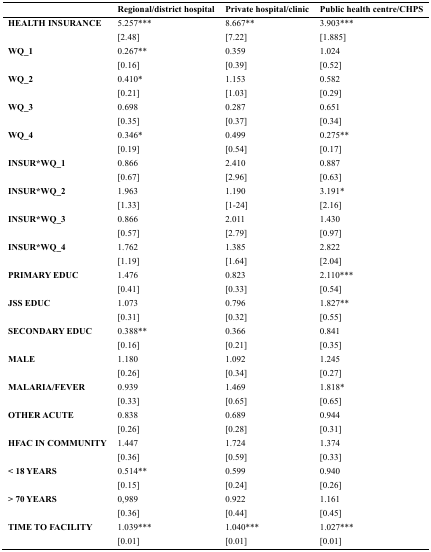
<table><thead><tr><td></td><td><b>Regional/district hospital</b></td><td><b>Private hospital/clinic</b></td><td><b>Public health centre/CHPS</b></td></tr></thead><tbody><tr><td rowspan="2"><b>HEALTH INSURANCE</b></td><td>5.257***</td><td>8.667**</td><td>3.903***</td></tr><tr><td>[2.48]</td><td>[7.22]</td><td>[1.885]</td></tr><tr><td rowspan="2"><b>WQ_1</b></td><td>0.267**</td><td>0.359</td><td>1.024</td></tr><tr><td>[0.16]</td><td>[0.39]</td><td>[0.52]</td></tr><tr><td rowspan="2"><b>WQ_2</b></td><td>0.410*</td><td>1.153</td><td>0.582</td></tr><tr><td>[0.21]</td><td>[1.03]</td><td>[0.29]</td></tr><tr><td rowspan="2"><b>WQ_3</b></td><td>0.698</td><td>0.287</td><td>0.651</td></tr><tr><td>[0.35]</td><td>[0.37]</td><td>[0.34]</td></tr><tr><td rowspan="2"><b>WQ_4</b></td><td>0.346*</td><td>0.499</td><td>0.275**</td></tr><tr><td>[0.19]</td><td>[0.54]</td><td>[0.17]</td></tr><tr><td rowspan="2"><b>INSUR*WQ_1</b></td><td>0.866</td><td>2.410</td><td>0.887</td></tr><tr><td>[0.67]</td><td>[2.96]</td><td>[0.63]</td></tr><tr><td rowspan="2"><b>INSUR*WQ_2</b></td><td>1.963</td><td>1.190</td><td>3.191*</td></tr><tr><td>[1.33]</td><td>[1-24]</td><td>[2.16]</td></tr><tr><td rowspan="2"><b>INSUR*WQ_3</b></td><td>0.866</td><td>2.011</td><td>1.430</td></tr><tr><td>[0.57]</td><td>[2.79]</td><td>[0.97]</td></tr><tr><td rowspan="2"><b>INSUR*WQ_4</b></td><td>1.762</td><td>1.385</td><td>2.822</td></tr><tr><td>[1.19]</td><td>[1.64]</td><td>[2.04]</td></tr><tr><td rowspan="2"><b>PRIMARY EDUC</b></td><td>1.476</td><td>0.823</td><td>2.110***</td></tr><tr><td>[0.41]</td><td>[0.33]</td><td>[0.54]</td></tr><tr><td rowspan="2"><b>JSS EDUC</b></td><td>1.073</td><td>0.796</td><td>1.827**</td></tr><tr><td>[0.31]</td><td>[0.32]</td><td>[0.55]</td></tr><tr><td rowspan="2"><b>SECONDARY EDUC</b></td><td>0.388**</td><td>0.366</td><td>0.841</td></tr><tr><td>[0.16]</td><td>[0.21]</td><td>[0.35]</td></tr><tr><td rowspan="2"><b>MALE</b></td><td>1.180</td><td>1.092</td><td>1.245</td></tr><tr><td>[0.26]</td><td>[0.34]</td><td>[0.27]</td></tr><tr><td rowspan="2"><b>MALARIA/FEVER</b></td><td>0.939</td><td>1.469</td><td>1.818*</td></tr><tr><td>[0.33]</td><td>[0.65]</td><td>[0.65]</td></tr><tr><td rowspan="2"><b>OTHER ACUTE</b></td><td>0.838</td><td>0.689</td><td>0.944</td></tr><tr><td>[0.26]</td><td>[0.28]</td><td>[0.31]</td></tr><tr><td rowspan="2"><b>HFAC IN COMMUNITY</b></td><td>1.447</td><td>1.724</td><td>1.374</td></tr><tr><td>[0.36]</td><td>[0.59]</td><td>[0.33]</td></tr><tr><td rowspan="2"><b>&lt; 18 YEARS</b></td><td>0.514**</td><td>0.599</td><td>0.940</td></tr><tr><td>[0.15]</td><td>[0.24]</td><td>[0.26]</td></tr><tr><td rowspan="2"><b>&gt; 70 YEARS</b></td><td>0,989</td><td>0.922</td><td>1.161</td></tr><tr><td>[0.36]</td><td>[0.44]</td><td>[0.45]</td></tr><tr><td rowspan="2"><b>TIME TO FACILITY</b></td><td>1.039***</td><td>1.040***</td><td>1.027***</td></tr><tr><td>[0.01]</td><td>[0.01]</td><td>[0.01]</td></tr></tbody></table>